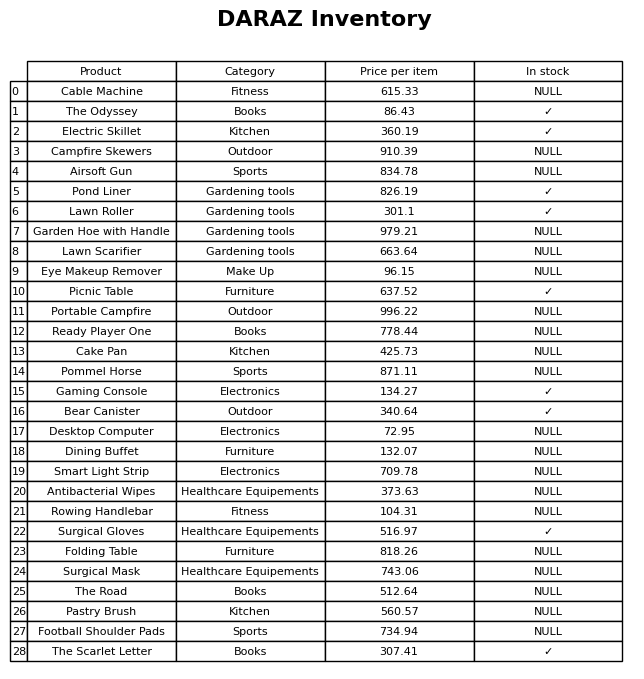
question: Is the Pastry Brush in stock?
answer: NULL